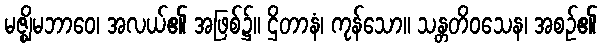
မဇ္ဈိမဘာဝေ၊ အလယ်၏ အဖြစ်၌။ ဌိတာနံ၊ ကုန်သော။ သန္တတိဝသေန၊ အစဉ်၏